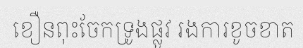
ខឿនពុះចែកទ្រូងផ្លូវ រងការខូចខាត